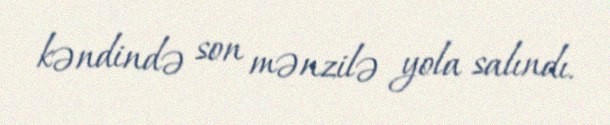
kəndində son mənzilə yola salındı.